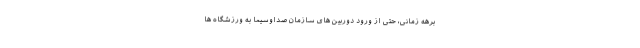
برهه زمانی، حتی از ورود دوربین های سازمان صداوسیما به ورزشگاه ها